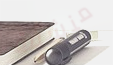
منشفة